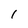
Character: 1